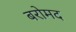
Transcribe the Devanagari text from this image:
बरोमद